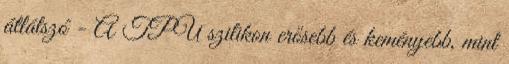
átlátszó - A TPU szilikon erősebb és keményebb, mint